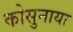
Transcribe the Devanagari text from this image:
कोसुनाया